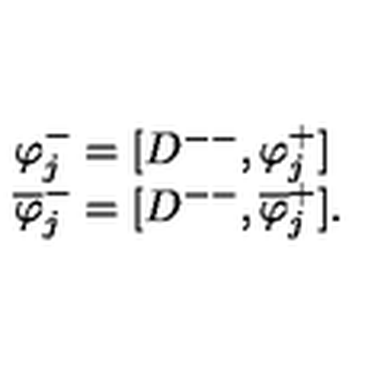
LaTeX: \begin{array} { l c r } { \varphi _ { j } ^ { - } = [ D ^ { -- } , \varphi _ { j } ^ { + } ] } \\ { \overline { { \varphi } } _ { j } ^ { - } = [ D ^ { -- } , \overline { { \varphi } } _ { j } ^ { + } ] . } \\ \end{array}